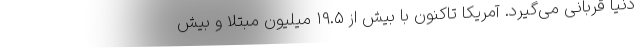
دنیا قربانی می‌گیرد. آمریکا تاکنون با بیش از ۱۹.۵ میلیون مبتلا و بیش